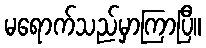
မရောက်သည်မှာကြာပြီ။